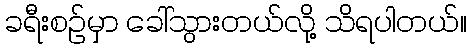
ခရီးစဉ်မှာ ခေါ်သွားတယ်လို့ သိရပါတယ်။